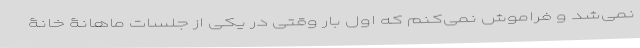
نمی‌شد و فراموش نمی‌کنم که اول بار وقتی در یکی از جلسات ماهانۀ خانۀ